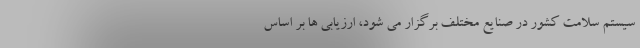
سیستم سلامت کشور در صنایع مختلف برگزار می شود، ارزیابی ها بر اساس